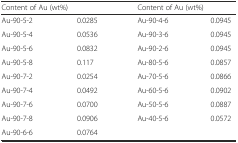
| <COLSPAN=2> Content of Au (wt%) | <COLSPAN=2> Content of Au (wt%) |
 | --- | --- | --- | --- |
 | Au-90-5-2 | 0.0285 | Au-90-4-6 | 0.0945 |
 | Au-90-5-4 | 0.0536 | Au-90-3-6 | 0.0945 |
 | Au-90-5-6 | 0.0832 | Au-90-2-6 | 0.0945 |
 | Au-90-5-8 | 0.117 | Au-80-5-6 | 0.0857 |
 | Au-90-7-2 | 0.0254 | Au-70-5-6 | 0.0866 |
 | Au-90-7-4 | 0.0492 | Au-60-5-6 | 0.0902 |
 | Au-90-7-6 | 0.0700 | Au-50-5-6 | 0.0887 |
 | Au-90-7-8 | 0.0906 | Au-40-5-6 | 0.0572 |
 | Au-90-6-6 | 0.0764 |  |  |